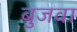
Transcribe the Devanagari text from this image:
बुजवा